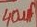
Text: 40uf